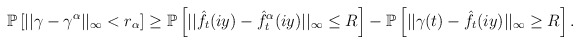
\begin{align*}\mathbb{P}\left[||\gamma-\gamma^{\alpha}||_{\infty} < r_{\alpha}\right] \ge \mathbb{P}\left[||\hat{f}_{t}(iy)-\hat{f}^{\alpha}_{t}(iy)||_{\infty} \le R\right] - \mathbb{P}\left[ ||\gamma (t)-\hat{f}_{t}(iy)||_{\infty} \ge R\right].\end{align*}